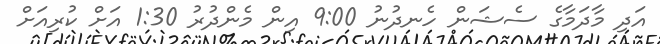
އަދި މާދަމާގެ ސެޝަން ހެނދުނު 9:00 އިން މެންދުރު 1:30 އަށް ކުރިއަށް